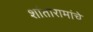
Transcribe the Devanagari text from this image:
शांतारामांचे